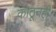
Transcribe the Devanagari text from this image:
कोठूनही